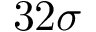
3 2 \sigma